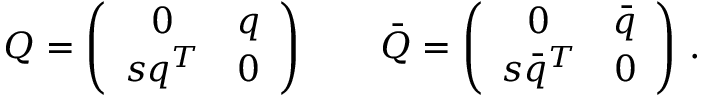
Q = \left( \begin{array} { c c } { { 0 } } & { { q } } \\ { { s q ^ { T } } } & { { 0 } } \end{array} \right) \qquad \bar { Q } = \left( \begin{array} { c c } { { 0 } } & { { \bar { q } } } \\ { { s \bar { q } ^ { T } } } & { { 0 } } \end{array} \right) \, .